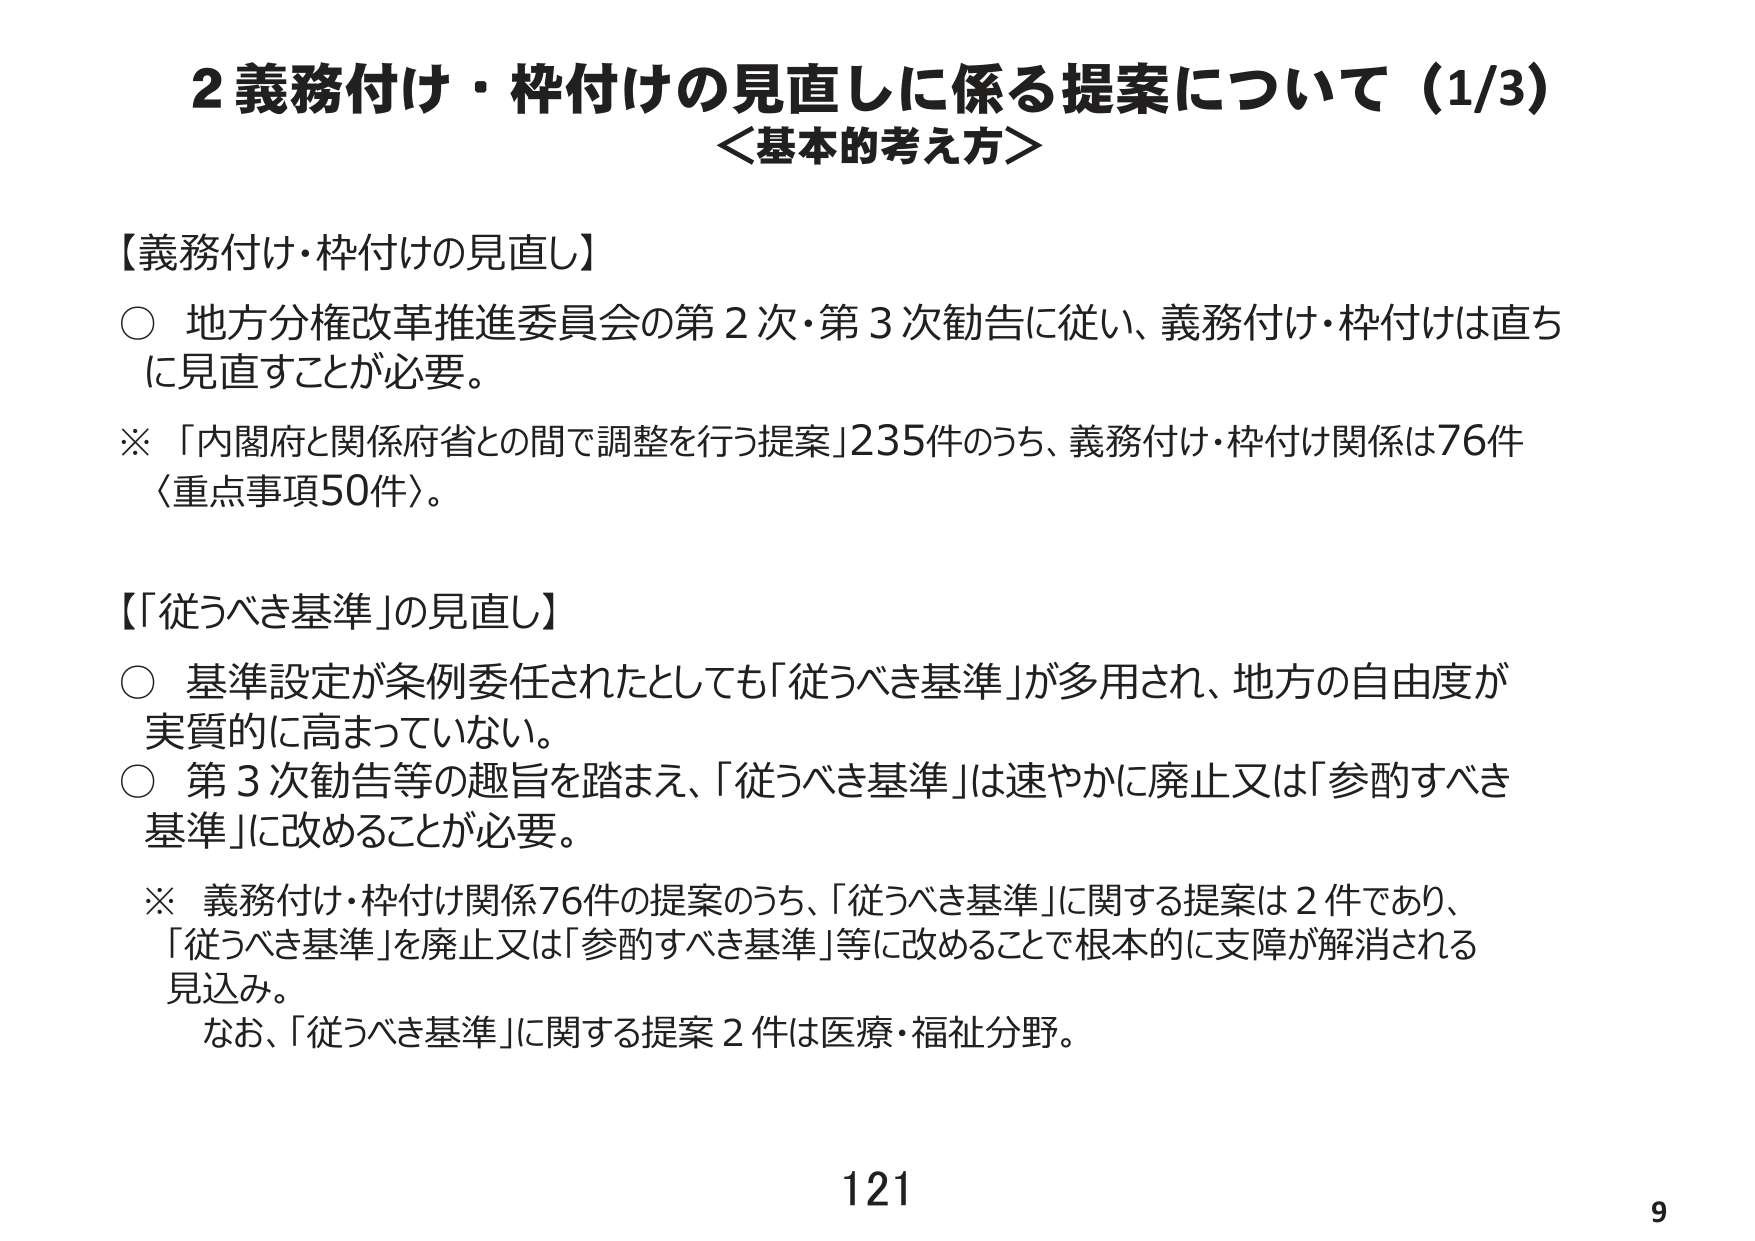
2 義務付け・枠付けの見直しに係る提案について（1/3）
＜基本的考え方＞

【義務付け・枠付けの見直し】
○ 地方分権改革推進委員会の第2次・第3次勧告に従い、義務付け・枠付けは直ちに見直すことが必要。
※ 「内閣府と関係府省との間で調整を行う提案」235件のうち、義務付け・枠付け関係は76件〈重点事項50件〉。

【「従うべき基準」の見直し】
○ 基準設定が条例委任されたとしても「従うべき基準」が多用され、地方の自由度が実質的に高まっていない。
○ 第3次勧告等の趣旨を踏まえ、「従うべき基準」は速やかに廃止又は「参酌すべき基準」に改めることが必要。
※ 義務付け・枠付け関係76件の提案のうち、「従うべき基準」に関する提案は2件であり、「従うべき基準」を廃止又は「参酌すべき基準」等に改めることで根本的に支障が解消される見込み。
　　なお、「従うべき基準」に関する提案2件は医療・福祉分野。

121
9